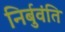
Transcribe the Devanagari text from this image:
निर्बुवंति